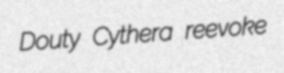
Douty Cythera reevoke